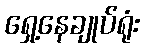
ရှေ့နေချုပ်ရုံး